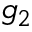
g _ { 2 }